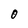
Character: 0